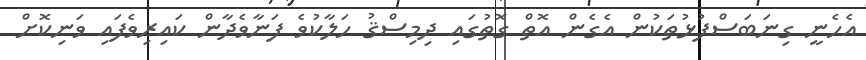
އެހެނީ ގިނަބަސްފުޅުތަކުން އެގެން އޮތް ގޮތުގައި ދިމިސްޤު ހަލާކުވެ ފަނާވެދާން ކައިރިވެފައި ވަނިކޮށް